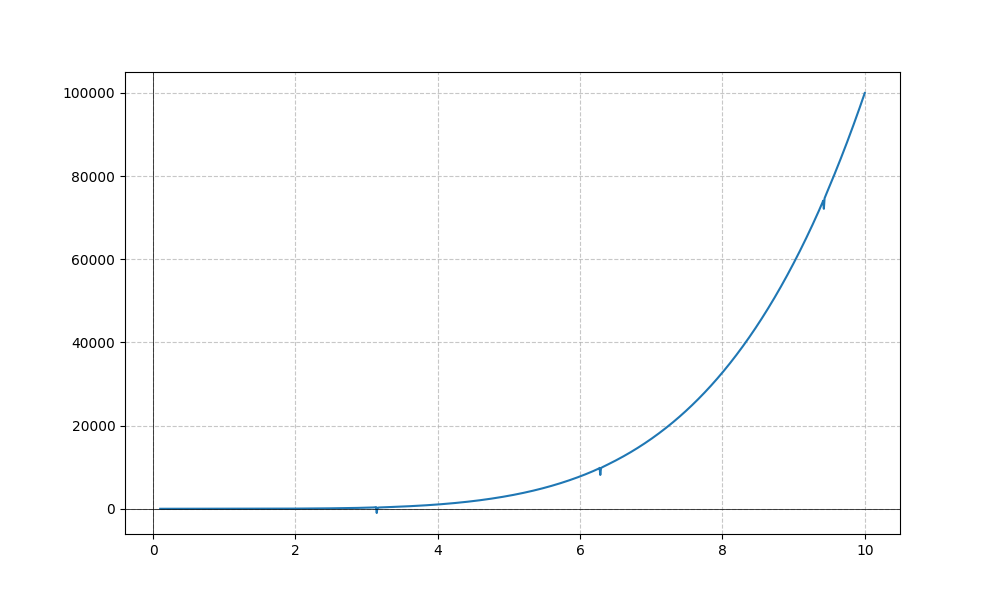
LaTeX formula: x^{5} - \cot{\left(x \right)}